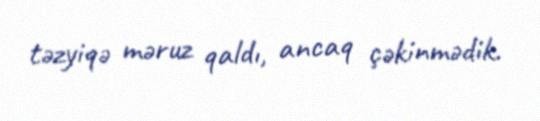
təzyiqə məruz qaldı, ancaq çəkinmədik.